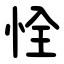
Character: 恮